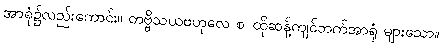
အာရုံ၌လည်းကောင်း။ တဗ္ဗိသယဗဟုလေ စ၊ ထိုဆန့်ကျင်ဘက်အာရုံ များသော။